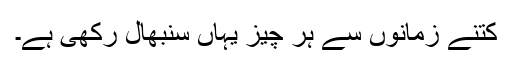
کتنے زمانوں سے ہر چیز یہاں سنبھال رکھی ہے۔